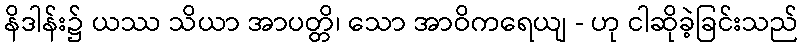
နိဒါန်း၌ ယဿ သိယာ အာပတ္တိ၊ သော အာဝိကရေယျ - ဟု ငါဆိုခဲ့ခြင်းသည်